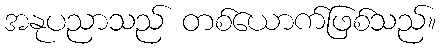
အနုပညာသည် တစ်ယောက်ဖြစ်သည်။